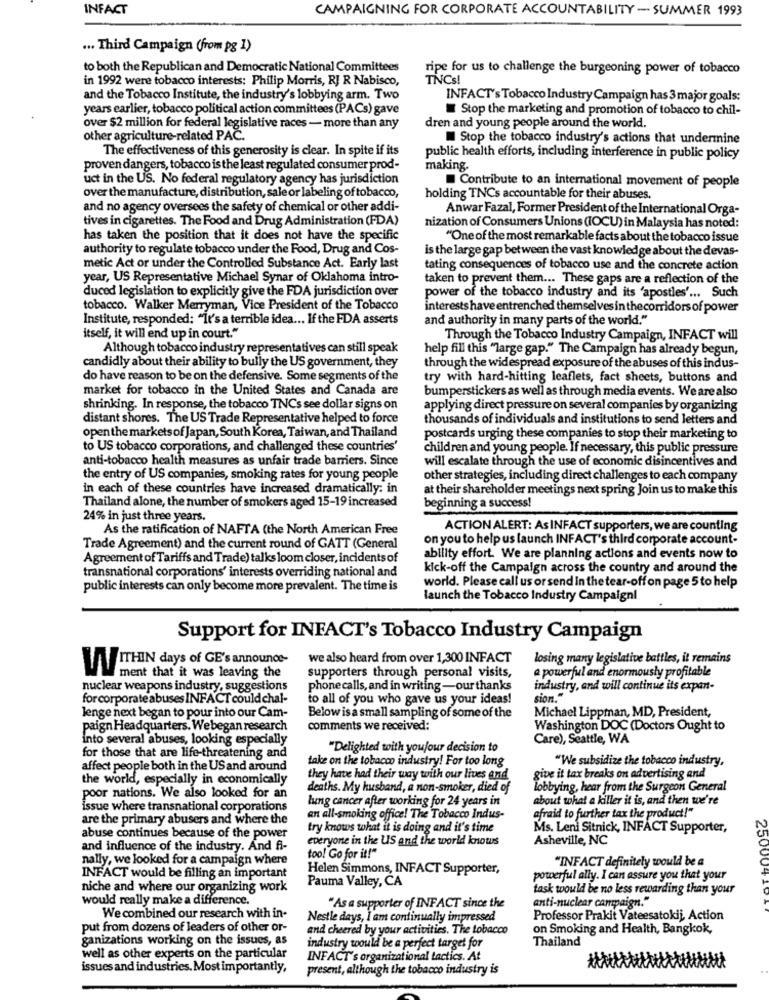
INFACT
CAMPAIGNING FOR CORPORATE ACCOUNTABILITY - SUMMER 1993
... Third Campaign (from pg 1)
to both the Republican and Democratic National Committees
ripe for us to challenge the burgeoning power of tobacco
in 1992 were tobacco interests: Philip Morris, RJ R Nabisco,
TINCSI
and the Tobacco Institute, the industry's lobbying arm. Two
INFACT's Tobacco Industry Campaign has 3 major goals:
years earlier, tobacco political action committees (PACs) gave
Stop the marketing and promotion of tobacco to chil-
over $2 million for federal legislative races - more than any
dren and young people around the world.
other agriculture-related PAC.
Stop the tobacco industry's actions that undermine
The effectiveness of this generosity is clear. In spite if its
public health efforts, including interference in public policy
proven dangers, tobacco is the least regulated consumer prod-
making.
uct in the US. No federal regulatory agency has jurisdiction
Contribute to an international movement of people
over the manufacture, distribution, sale or labeling of tobacco,
holding TNCs accountable for their abuses.
and no agency oversees the safety of chemical or other addi-
Anwar Fazal, Former President of the International Orga-
tives in cigarettes. The Food and Drug Administration (FDA)
nization of Consumers Unions (IOCU) in Malaysia has noted:
has taken the position that it does not have the specific
"One of the most remarkable facts about the tobacco issue
authority to regulate tobacco under the Food, Drug and Cos-
is the large gap between the vast knowledge about the devas-
metic Act or under the Controlled Substance Act. Early last
tating consequences of tobacco use and the concrete action
year, US Representative Michael Synar of Oklahoma intro-
taken to prevent them ... These gaps are a reflection of the
duced legislation to explicitly give the FDA jurisdiction over
power of the tobacco industry and its 'apostles' ... Such
tobacco. Walker Merryman, Vice President of the Tobacco
interests have entrenched themselves in the corridors of power
Institute, responded: "It's a terrible idea ... If the FDA asserts
and authority in many parts of the world."
itself, it will end up in court."
Through the Tobacco Industry Campaign, INFACT will
Although tobacco industry representatives can still speak
help fill this "large gap." The Campaign has already begun,
candidly about their ability to bully the US government, they
through the widespread exposure of the abuses of this indus-
do have reason to be on the defensive. Some segments of the
try with hard-hitting leaflets, fact sheets, buttons and
market for tobacco in the United States and Canada are
bumperstickers as well as through media events. We are also
shrinking. In response, the tobacco TNCs see dollar signs on
applying direct pressure on several companies by organizing
distant shores. The US Trade Representative helped to force
thousands of individuals and institutions to send letters and
open the marketsof Japan, South Korea, Taiwan, and Thailand
postcards urging these companies to stop their marketing to
to US tobacco corporations, and challenged these countries'
children and young people. If necessary, this public pressure
anti-tobacco health measures as unfair trade barriers. Since
will escalate through the use of economic disincentives and
the entry of US companies, smoking rates for young people
other strategies, including direct challenges to each company
in each of these countries have increased dramatically: in
at their shareholder meetings next spring Join us to make this
Thailand alone, the number of smokers aged 15-19 increased
beginning a success!
24% in just three years.
As the ratification of NAFTA (the North American Free
ACTION ALERT: As INFACT supporters, we are counting
on you to help us launch INFACT's third corporate account-
Trade Agreement) and the current round of GATT (General
Agreement of Tariffs and Trade) talks loom closer, incidents of
ability effort. We are planning actions and events now to
transnational corporations' interests overriding national and
kick-off the Campaign across the country and around the
world. Please call us or send In the tear-off on page 5 to help
public interests can only become more prevalent. The time is
launch the Tobacco Industry Campaigni
Support for INFACT's Tobacco Industry Campaign
we also heard from over 1,300 INFACT
losing many legislative battles, it remains
WITHIN days of GE's announces-
a powerful and enormously profitable
ment that it was leaving the
supporters through personal visits,
nuclear weapons industry, suggestions
phonecalls, and in writing -our thanks
industry, and will continue its expan-
for corporate abuses INFACT could chal-
to all of you who gave us your ideas!
sion."
lenge next began to pour into our Cam-
Michael Lippman, MD, President,
Below is a small sampling of some of the
paign Headquarters. Webegan research
comments we received:
Washington DOC (Doctors Ought to
into several abuses, looking especially
Care), Seattle, WA
"Delighted with youjour decision to
for those that are life-threatening and
take on the tobacco industry! For too long
"We subsidize the tobacco industry,
affect people both in the USand around
the world, especially in economically
they have had their way with our lives and
give it tax breaks on advertising and
deaths. My husband, a non-smoker, died of
lobbying, hear from the Surgeon General
poor nations. We also looked for an
lung cancer after working for 24 years in
about what a killer it is, and then we're
issue where transnational corporations
are the primary abusers and where the
an all-smoking office! The Tobacco Indus-
afraid to further tax the product!"
try knows what it is doing and it's time
Ms. Leni Sitnick, INFACT Supporter,
abuse continues because of the power
everyone in the US and the world knowus
Asheville, NC
and influence of the industry. And fi-
too! Go for it!"
nally, we looked for a campaign where
"INFACT definitely would be a
Helen Simmons, INFACT Supporter,
25000
INFACT would be filling an important
Pauma Valley, CA
powerful ally. I can assure you that your
niche and where our organizing work
task would be no less rewarding than your
would really make a difference.
anti-nuclear campaign."
"As a supporter of INFACT since the
We combined our research with in-
Nestle days, I am continually impressed
Professor Prakit Vateesatokij, Action
put from dozens of leaders of other or-
and cheered by your activities. The tobacco
on Smoking and Health, Bangkok,
ganizations working on the issues, as
Thailand
industry would be a perfect target for
well as other experts on the particular
INFACT's organizational tactics. At
issues and industries. Most importantly,
present, although the tobacco industry is